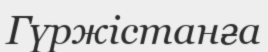
Гүржістанға